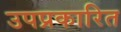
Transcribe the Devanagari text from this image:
उपप्रकारित